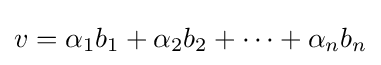
v=\alpha _{1}b_{1}+\alpha _{2}b_{2}+\cdots +\alpha _{n}b_{n}